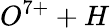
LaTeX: O^{7+}+H